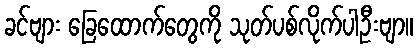
ခင်ဗျား ခြေထောက်တွေကို သုတ်ပစ်လိုက်ပါဦးဗျာ။